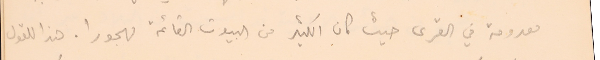
معدومة في القرى حيث كان الكثير من البيوت القائمة مهجورا . هذا للقول